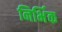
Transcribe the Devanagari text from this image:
निर्भिक